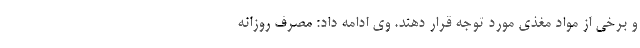
و برخی از مواد مغذی مورد توجه قرار دهند. وی ادامه داد: مصرف روزانه